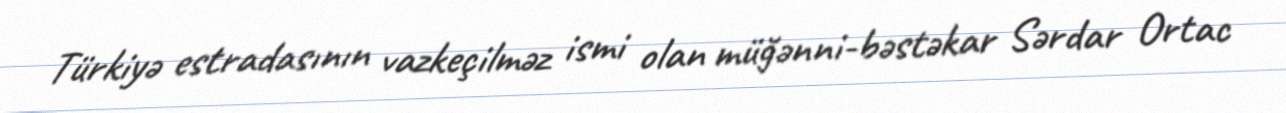
Türkiyə estradasının vazkeçilməz ismi olan müğənni-bəstəkar Sərdar Ortac